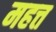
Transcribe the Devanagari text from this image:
महत्त